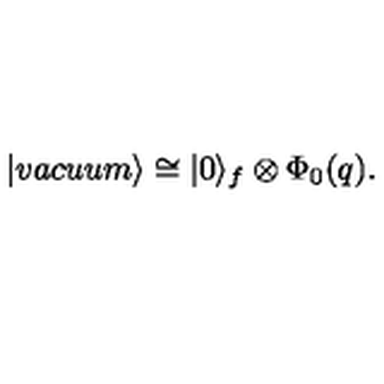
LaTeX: | v a c u u m \rangle \cong | 0 \rangle _ { f } \otimes \Phi _ { 0 } ( q ) .